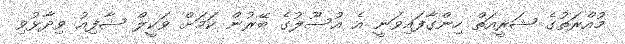
މުއްރަތުގެ ޝަރީއަތް ހިންގާފައިވަނީ އެ އުސޫލުގެ ބޭރުން ކަމަށް ވަކީލް ޝާފިއު ވިދާޅުވި